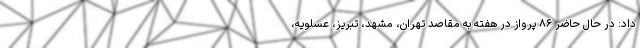
داد: در حال حاضر ۸۶ پرواز در هفته به مقاصد تهران، مشهد، تبریز، عسلویه،